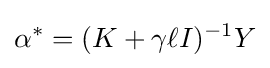
\alpha ^{*}=(K+\gamma \ell I)^{-1}Y